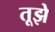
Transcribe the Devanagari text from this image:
तूझे